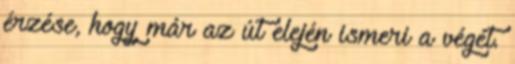
érzése, hogy már az út elején ismeri a végét.